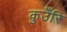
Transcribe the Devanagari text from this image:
कुउँरि